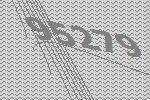
95279